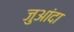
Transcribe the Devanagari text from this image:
जुआंदा